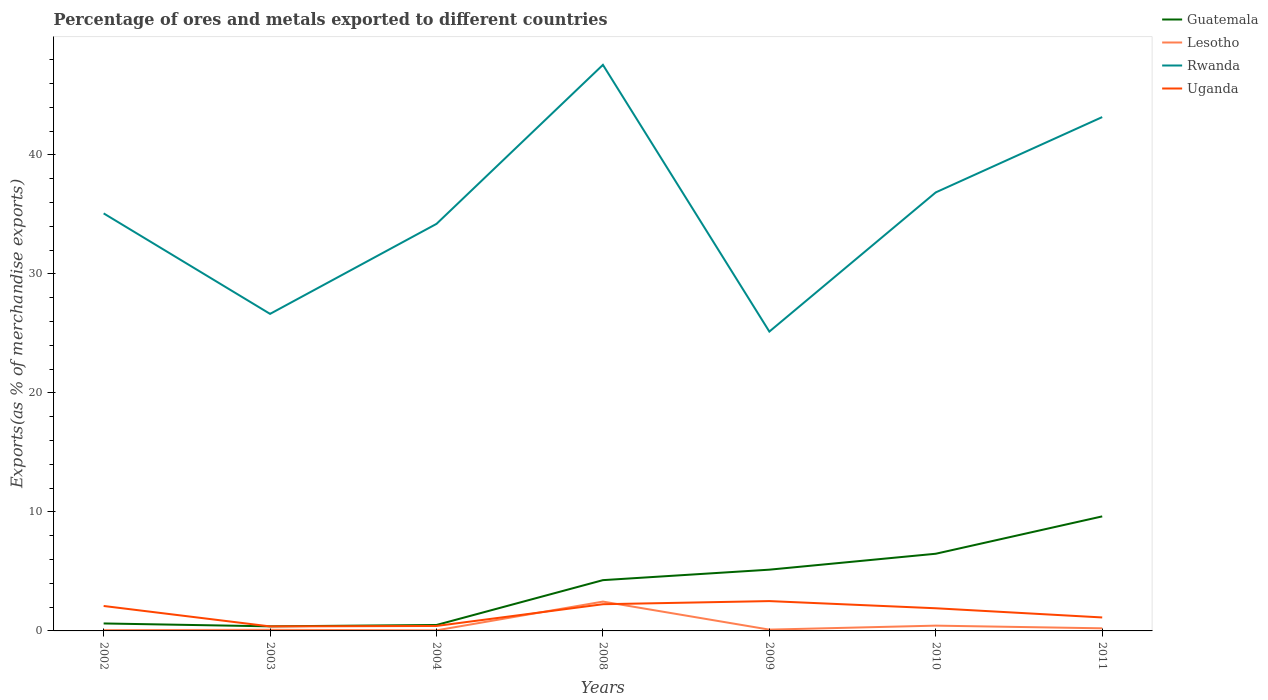
| Years | Guatemala | Lesotho | Rwanda | Uganda |
 | --- | --- | --- | --- | --- |
 | 2002 | 0.628 | 0.0645 | 35.1 | 2.1 |
 | 2003 | 0.385 | 0.0967 | 26.6 | 0.379 |
 | 2004 | 0.499 | 0.0473 | 34.2 | 0.416 |
 | 2008 | 4.27 | 2.47 | 47.6 | 2.24 |
 | 2009 | 5.15 | 0.109 | 25.2 | 2.51 |
 | 2010 | 6.49 | 0.443 | 36.9 | 1.9 |
 | 2011 | 9.63 | 0.219 | 43.2 | 1.13 |